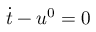
\dot { t } - u ^ { 0 } = 0